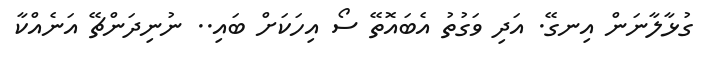
ގުޅާލާނަން އިނގޭ. އަދި ވަގުތު އެބައޮތޭ ސޯ އިހަކަށް ބައި.. ނުނިދަންޗޭ އަނެއްކާ